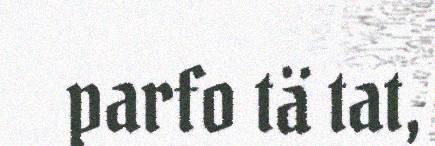
parfo tä tat,